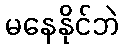
မနေနိုင်ဘဲ